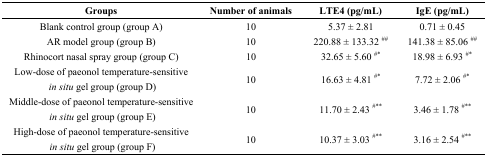
<table><thead><tr><td><b>Groups</b></td><td><b>Number of animals</b></td><td><b>LTE4 (pg/mL)</b></td><td><b>IgE (pg/mL)</b></td></tr></thead><tbody><tr><td>Blank control group (group A)</td><td>10</td><td>5.37 ± 2.81</td><td>0.71 ± 0.45</td></tr><tr><td>AR model group (group B)</td><td>10</td><td>220.88 ± 133.32 ##</td><td>141.38 ± 85.06 ##</td></tr><tr><td>Rhinocort nasal spray group (group C)</td><td>10</td><td>32.65 ± 5.60 #*</td><td>18.98 ± 6.93 #*</td></tr><tr><td>Low-dose of paeonol temperature-sensitive <i>in situ</i> gel group (group D)</td><td>10</td><td>16.63 ± 4.81 #*</td><td>7.72 ± 2.06 #*</td></tr><tr><td>Middle-dose of paeonol temperature-sensitive <i>in situ</i> gel group (group E)</td><td>10</td><td>11.70 ± 2.43 #**</td><td>3.46 ± 1.78 #**</td></tr><tr><td>High-dose of paeonol temperature-sensitive <i>in situ</i> gel group (group F)</td><td>10</td><td>10.37 ± 3.03 #**</td><td>3.16 ± 2.54 #**</td></tr></tbody></table>